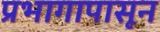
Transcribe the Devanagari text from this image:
प्रभागापासून